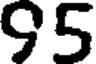
95